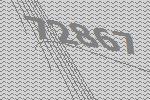
72867